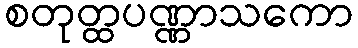
စတုတ္ထပဏ္ဏာသကော